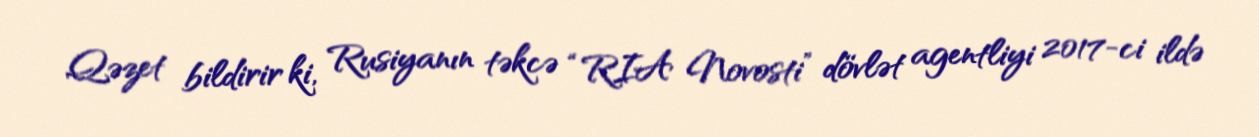
Qəzet bildirir ki, Rusiyanın təkcə “RIA Novosti” dövlət agentliyi 2017-ci ildə